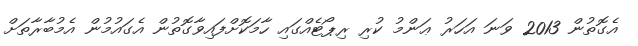
އެގޮތުން 2013 ވަނަ އަހަރު ޢަންމު ކުރި ރިޕޯޓެއްގައި ހާމަކޮށްފައިވާގޮތުން އެގައުމުން އެމުބާރާތަށް